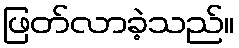
ဖြတ်လာခဲ့သည်။